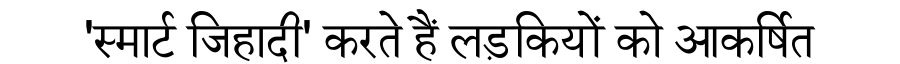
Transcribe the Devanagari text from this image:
'स्मार्ट जिहादी' करते हैं लड़कियों को आकर्षित